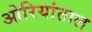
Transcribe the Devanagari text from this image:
ओरियांताल